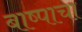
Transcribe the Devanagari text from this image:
बाष्पाचा